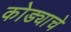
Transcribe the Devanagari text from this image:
कोड्याचे